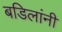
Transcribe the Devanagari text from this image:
बडिलांनी